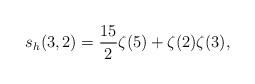
LaTeX: \begin{align*} s_h(3,2) = \frac{15}{2} \zeta(5) + \zeta(2) \zeta(3),\end{align*}